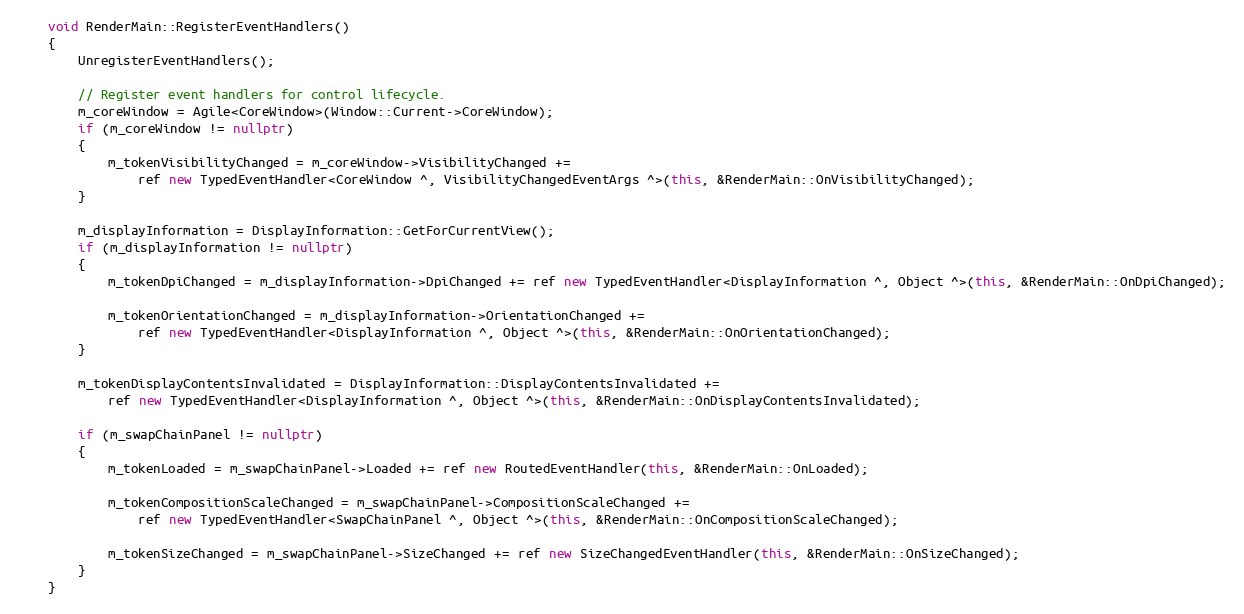
Language: C++
    void RenderMain::RegisterEventHandlers()
    {
        UnregisterEventHandlers();

        // Register event handlers for control lifecycle.
        m_coreWindow = Agile<CoreWindow>(Window::Current->CoreWindow);
        if (m_coreWindow != nullptr)
        {
            m_tokenVisibilityChanged = m_coreWindow->VisibilityChanged +=
                ref new TypedEventHandler<CoreWindow ^, VisibilityChangedEventArgs ^>(this, &RenderMain::OnVisibilityChanged);
        }

        m_displayInformation = DisplayInformation::GetForCurrentView();
        if (m_displayInformation != nullptr)
        {
            m_tokenDpiChanged = m_displayInformation->DpiChanged += ref new TypedEventHandler<DisplayInformation ^, Object ^>(this, &RenderMain::OnDpiChanged);

            m_tokenOrientationChanged = m_displayInformation->OrientationChanged +=
                ref new TypedEventHandler<DisplayInformation ^, Object ^>(this, &RenderMain::OnOrientationChanged);
        }

        m_tokenDisplayContentsInvalidated = DisplayInformation::DisplayContentsInvalidated +=
            ref new TypedEventHandler<DisplayInformation ^, Object ^>(this, &RenderMain::OnDisplayContentsInvalidated);

        if (m_swapChainPanel != nullptr)
        {
            m_tokenLoaded = m_swapChainPanel->Loaded += ref new RoutedEventHandler(this, &RenderMain::OnLoaded);

            m_tokenCompositionScaleChanged = m_swapChainPanel->CompositionScaleChanged +=
                ref new TypedEventHandler<SwapChainPanel ^, Object ^>(this, &RenderMain::OnCompositionScaleChanged);

            m_tokenSizeChanged = m_swapChainPanel->SizeChanged += ref new SizeChangedEventHandler(this, &RenderMain::OnSizeChanged);
        }
    }